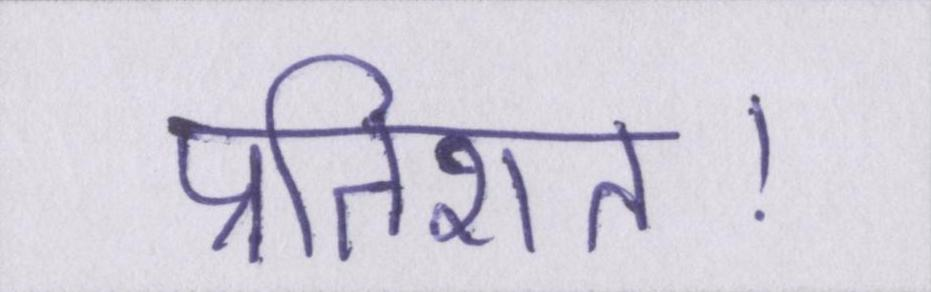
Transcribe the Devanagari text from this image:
प्रतिशत।